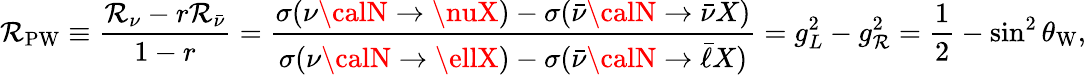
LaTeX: \mathcal{R}_{\mathrm{{PW}}}\equiv\frac{{\mathcal{R}_{\nu}-r\mathcal{R}_{\bar{{\nu}}}}}{{1-r}}=\frac{{\sigma(\nu{\calN}\to\nuX)-\sigma(\bar{{\nu}}{\calN}\to\bar{{\nu}}X)}}{{\sigma(\nu{\calN}\to\ellX)-\sigma(\bar{{\nu}}{\calN}\to\bar{{\ell}}X)}}=g_{L}^{2}-g_{\mathcal{R}}^{2}=\frac{{1}}{{2}}-\sin^{2}\theta_{\mathrm{{W}}},